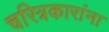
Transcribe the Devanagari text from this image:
चरित्रकारांना